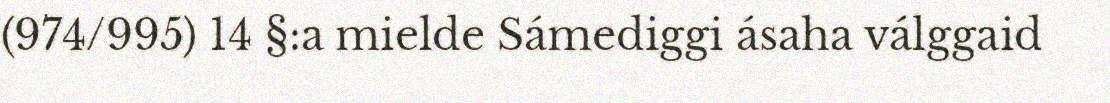
(974/995) 14 §:a mielde Sámediggi ásaha válggaid